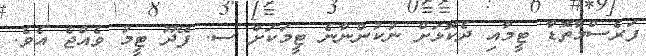
ފަރެސްމާތޮޑާ ޓީމާއި ދެކޮޅަށް ނުކުންނާނެ ޓީމަކަށް ސ. ފޭދޫ ޓީމު ވެއްޖެ އެވެ.